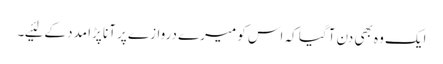
ایک وہ بھی دن آگیا کہ اس کو میرے دروازے پر آنا پڑا مدد کے لئیے۔